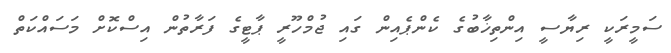
ސަމީރަކީ ރިޔާސީ އިންތިޚާބުގެ ކެންޕެއިން ގައި ޖުމްހޫރީ ޕާޓީގެ ފަރާތުން އިސްކޮށް މަސައްކަތް